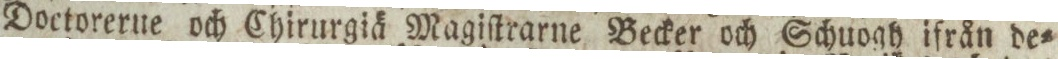
Doctorerne och Chirurgiä Magiſtrarne Becker och Schuogh ifrån de=